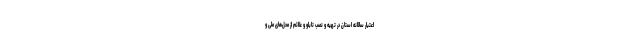
اعتبار سالانه استان در تهیه و نصب تابلو و علائم از محل‌های ملی و